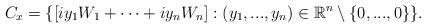
LaTeX: \begin{align*} C_x=\{[iy_1W_1+\cdots +iy_nW_n]:(y_1,...,y_n)\in \mathbb{R}^n \setminus \{0,...,0\} \}.\end{align*}